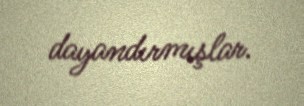
dayandırmışlar.